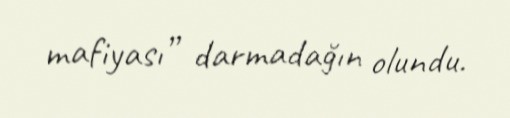
mafiyası” darmadağın olundu.